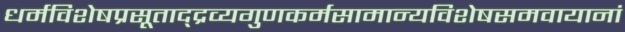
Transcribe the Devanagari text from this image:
धर्मविशेषप्रसूताद्द्रव्यगुणकर्मसामान्यविशेषसमवायानां